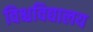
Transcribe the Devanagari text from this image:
विश्चविद्यालय